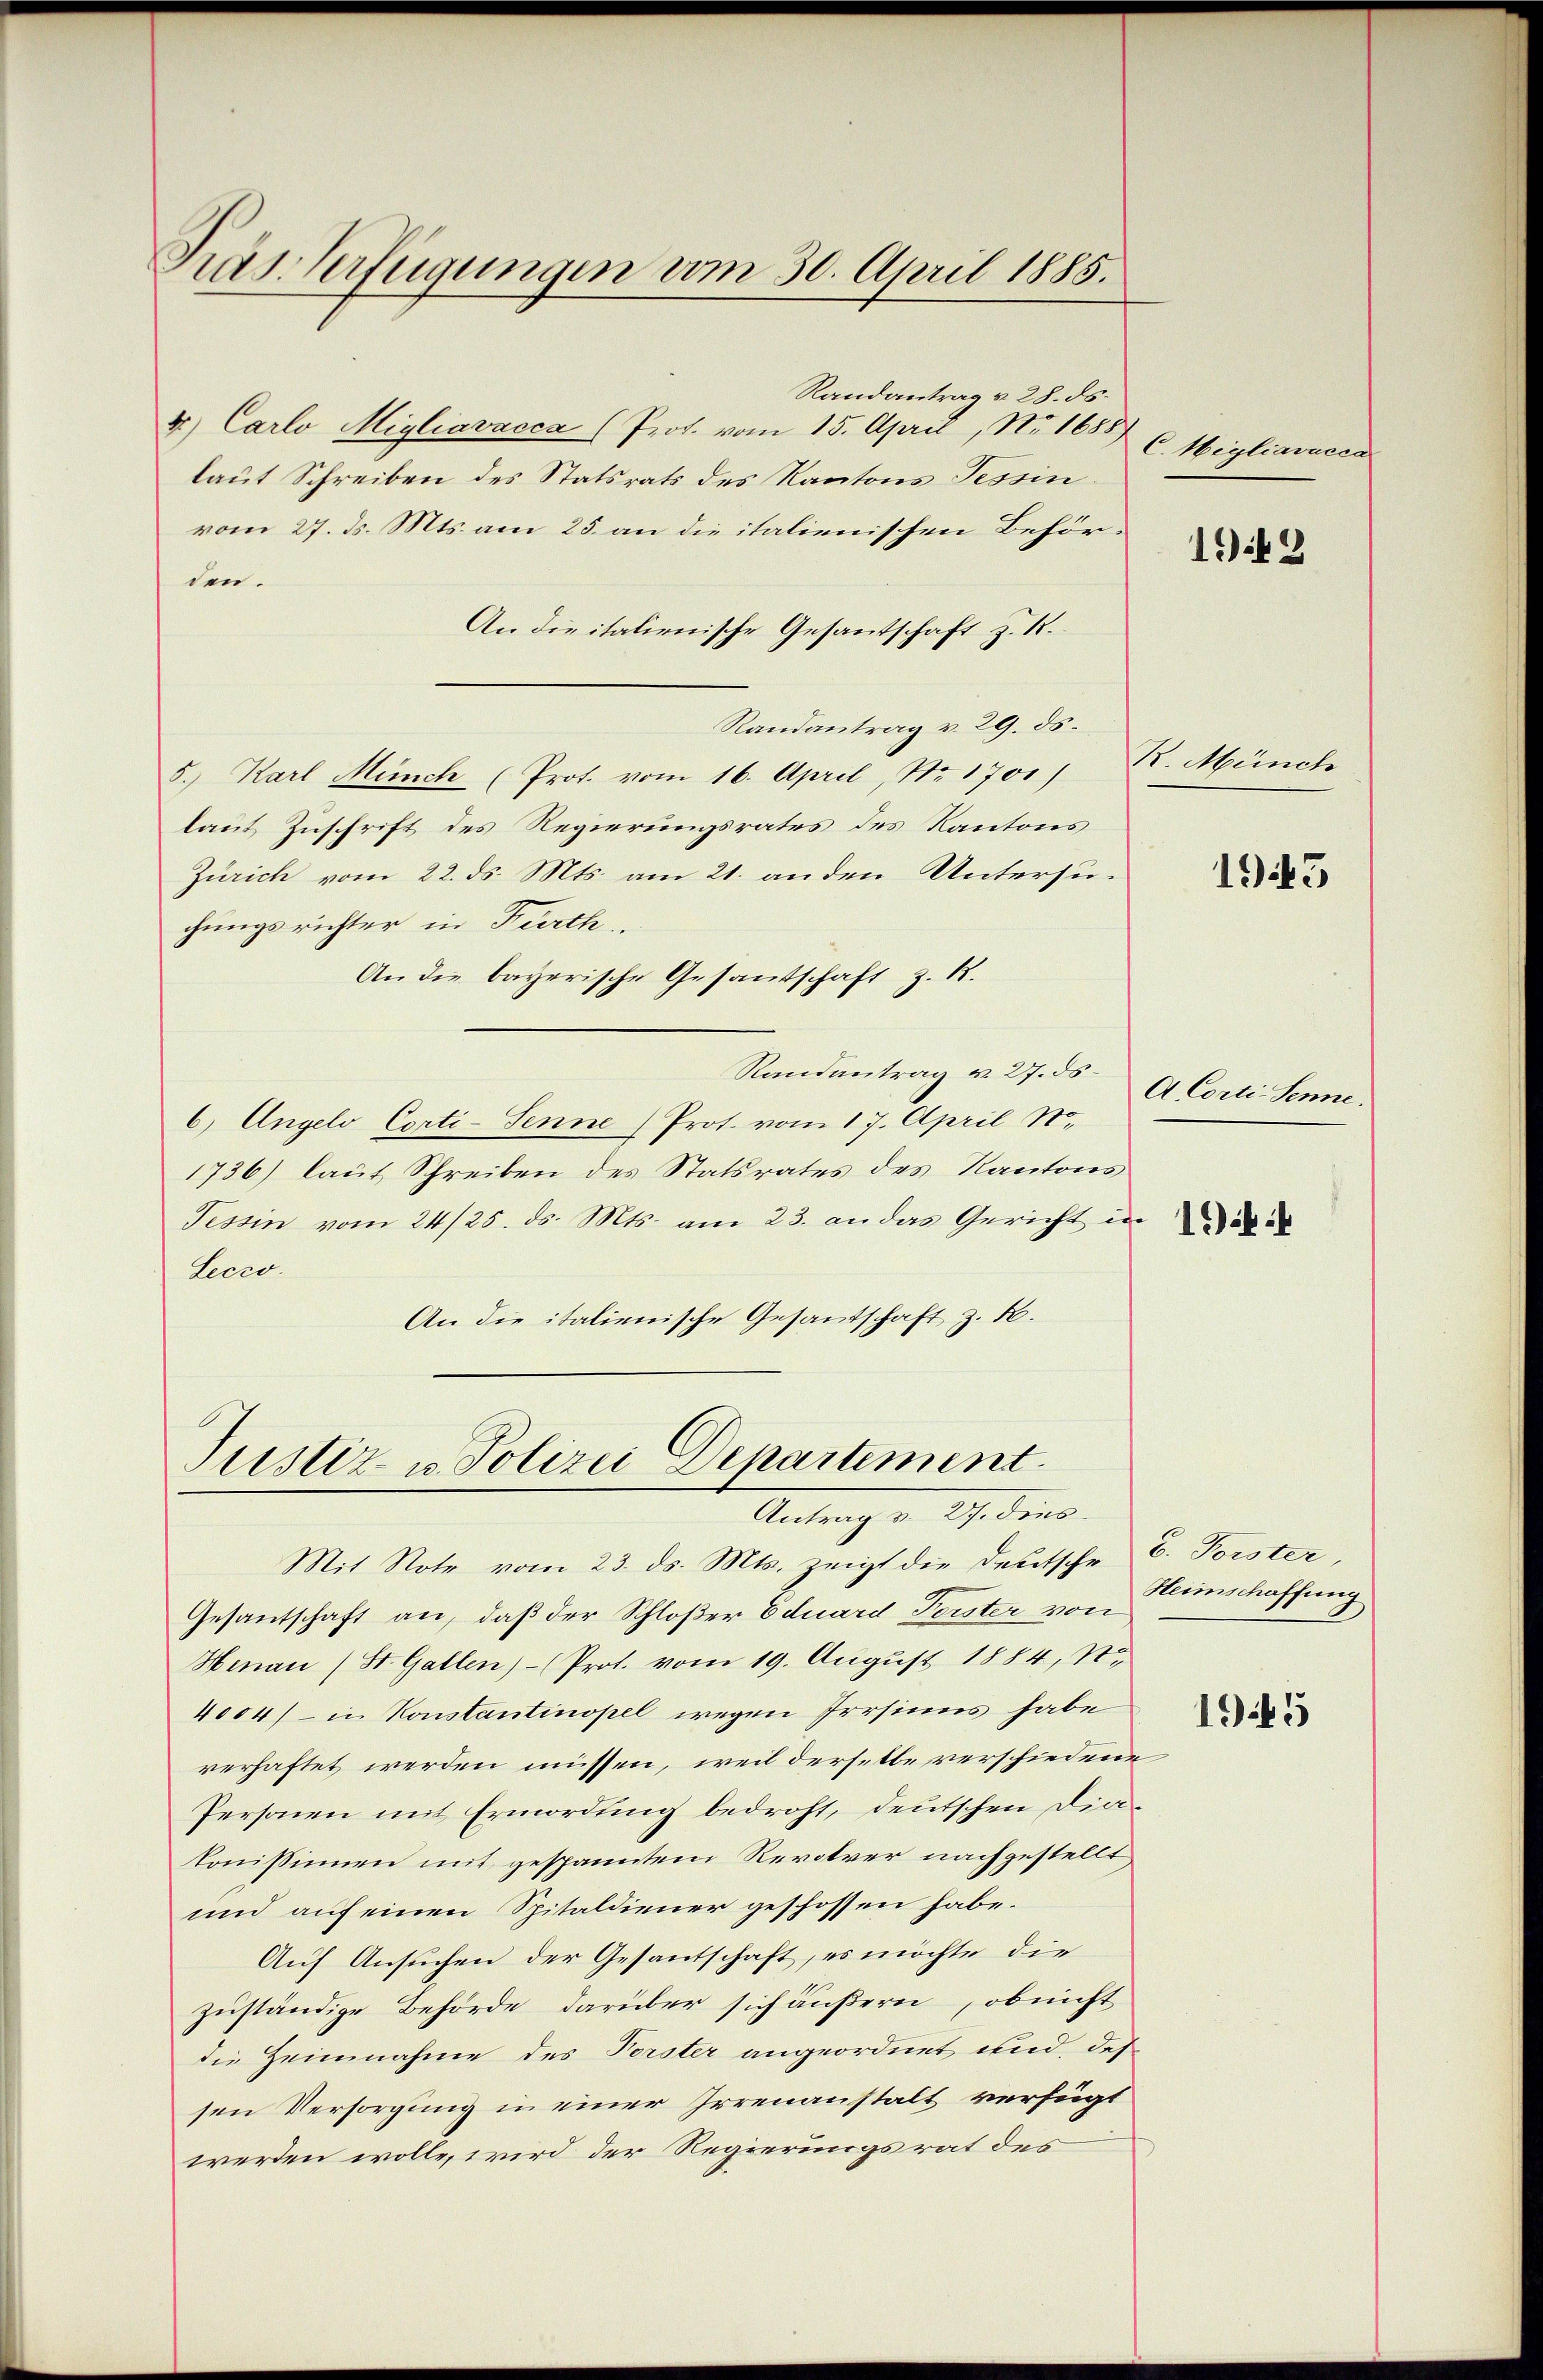
Tras Verfügungen vom 30. April 1885.

Randantrag v. 28. ds.
4.) Carlo Migliavacca (Prot. vom 15. April, No 1688
laut Schreiben des Statsrats des Kantons Tessin.
vom 27. ds. Mts. am 25. an die italienischen Behörden.
An die italienische Gesantschaft z. R.
Randantrag v. 29. ds.
5.) Karl Münch (Prot. vom 16. April, Nr. 1701)
laut Zuschrift des Regierungsrates des Kantons
Zürich vom 22. ds. Mts. am 21. anden Untersuchungsrichter in Fürth
An die bayerische Gesantschaft z. R.
Randantrag v. 27. ds.
6) Angelo Corti-Senne Prot. vom 17. April N.,
1736) laut Schreiben des Statsrates des Kantons
Tessin vom 24/25. ds. Mts. am 23. an das Gericht in
Lecro.
An die italienische Gesantschaft z. B.

Tustiz- u. Polizei Departement.
Antrag v. Js. dies

Mit Note vom 23. ds. Mts. zeigt die Deutsche E. Forster
Gesantschaft an, daß der Schloßer Eduard Forster von
Hinau (St. Gallen)- (Prot. vom 19. August 1884, So
4004) in Konstantinopel wegen Irrsinns habe
verhaftet werden müssen, weil derselbe verschiedene
Personen mit Ermordung bedroht, deutschen Diakomissinen mit gespanntem Revolver nachgestellt,
und auf einen Spitaldiener geschossen habe.
Auf Ansuchen der Gesantschaft, es möchte die
zuständige Behörde darüber sich äußern, ob nicht
die Zeinnahme des Forster angeordnet und des
sen Versorgung in einer Irrenanstalt verfügt
werden wolle, wird der Regierungsrat des

C. Migliavucca

192

R. Münch

1945

A Corti Senne.

194

Heimschaffung

1945